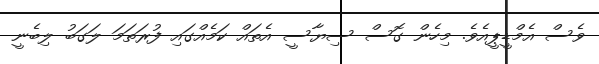
ވެސް އެމްޑީޕީއެވެ. މިހެން ގޮސް ސިޔާސީ އެތައް ކަމެއްގައި ފުރަތަމަ ލަގަބު ލިބެނީ